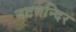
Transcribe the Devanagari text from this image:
नटमन्दिर